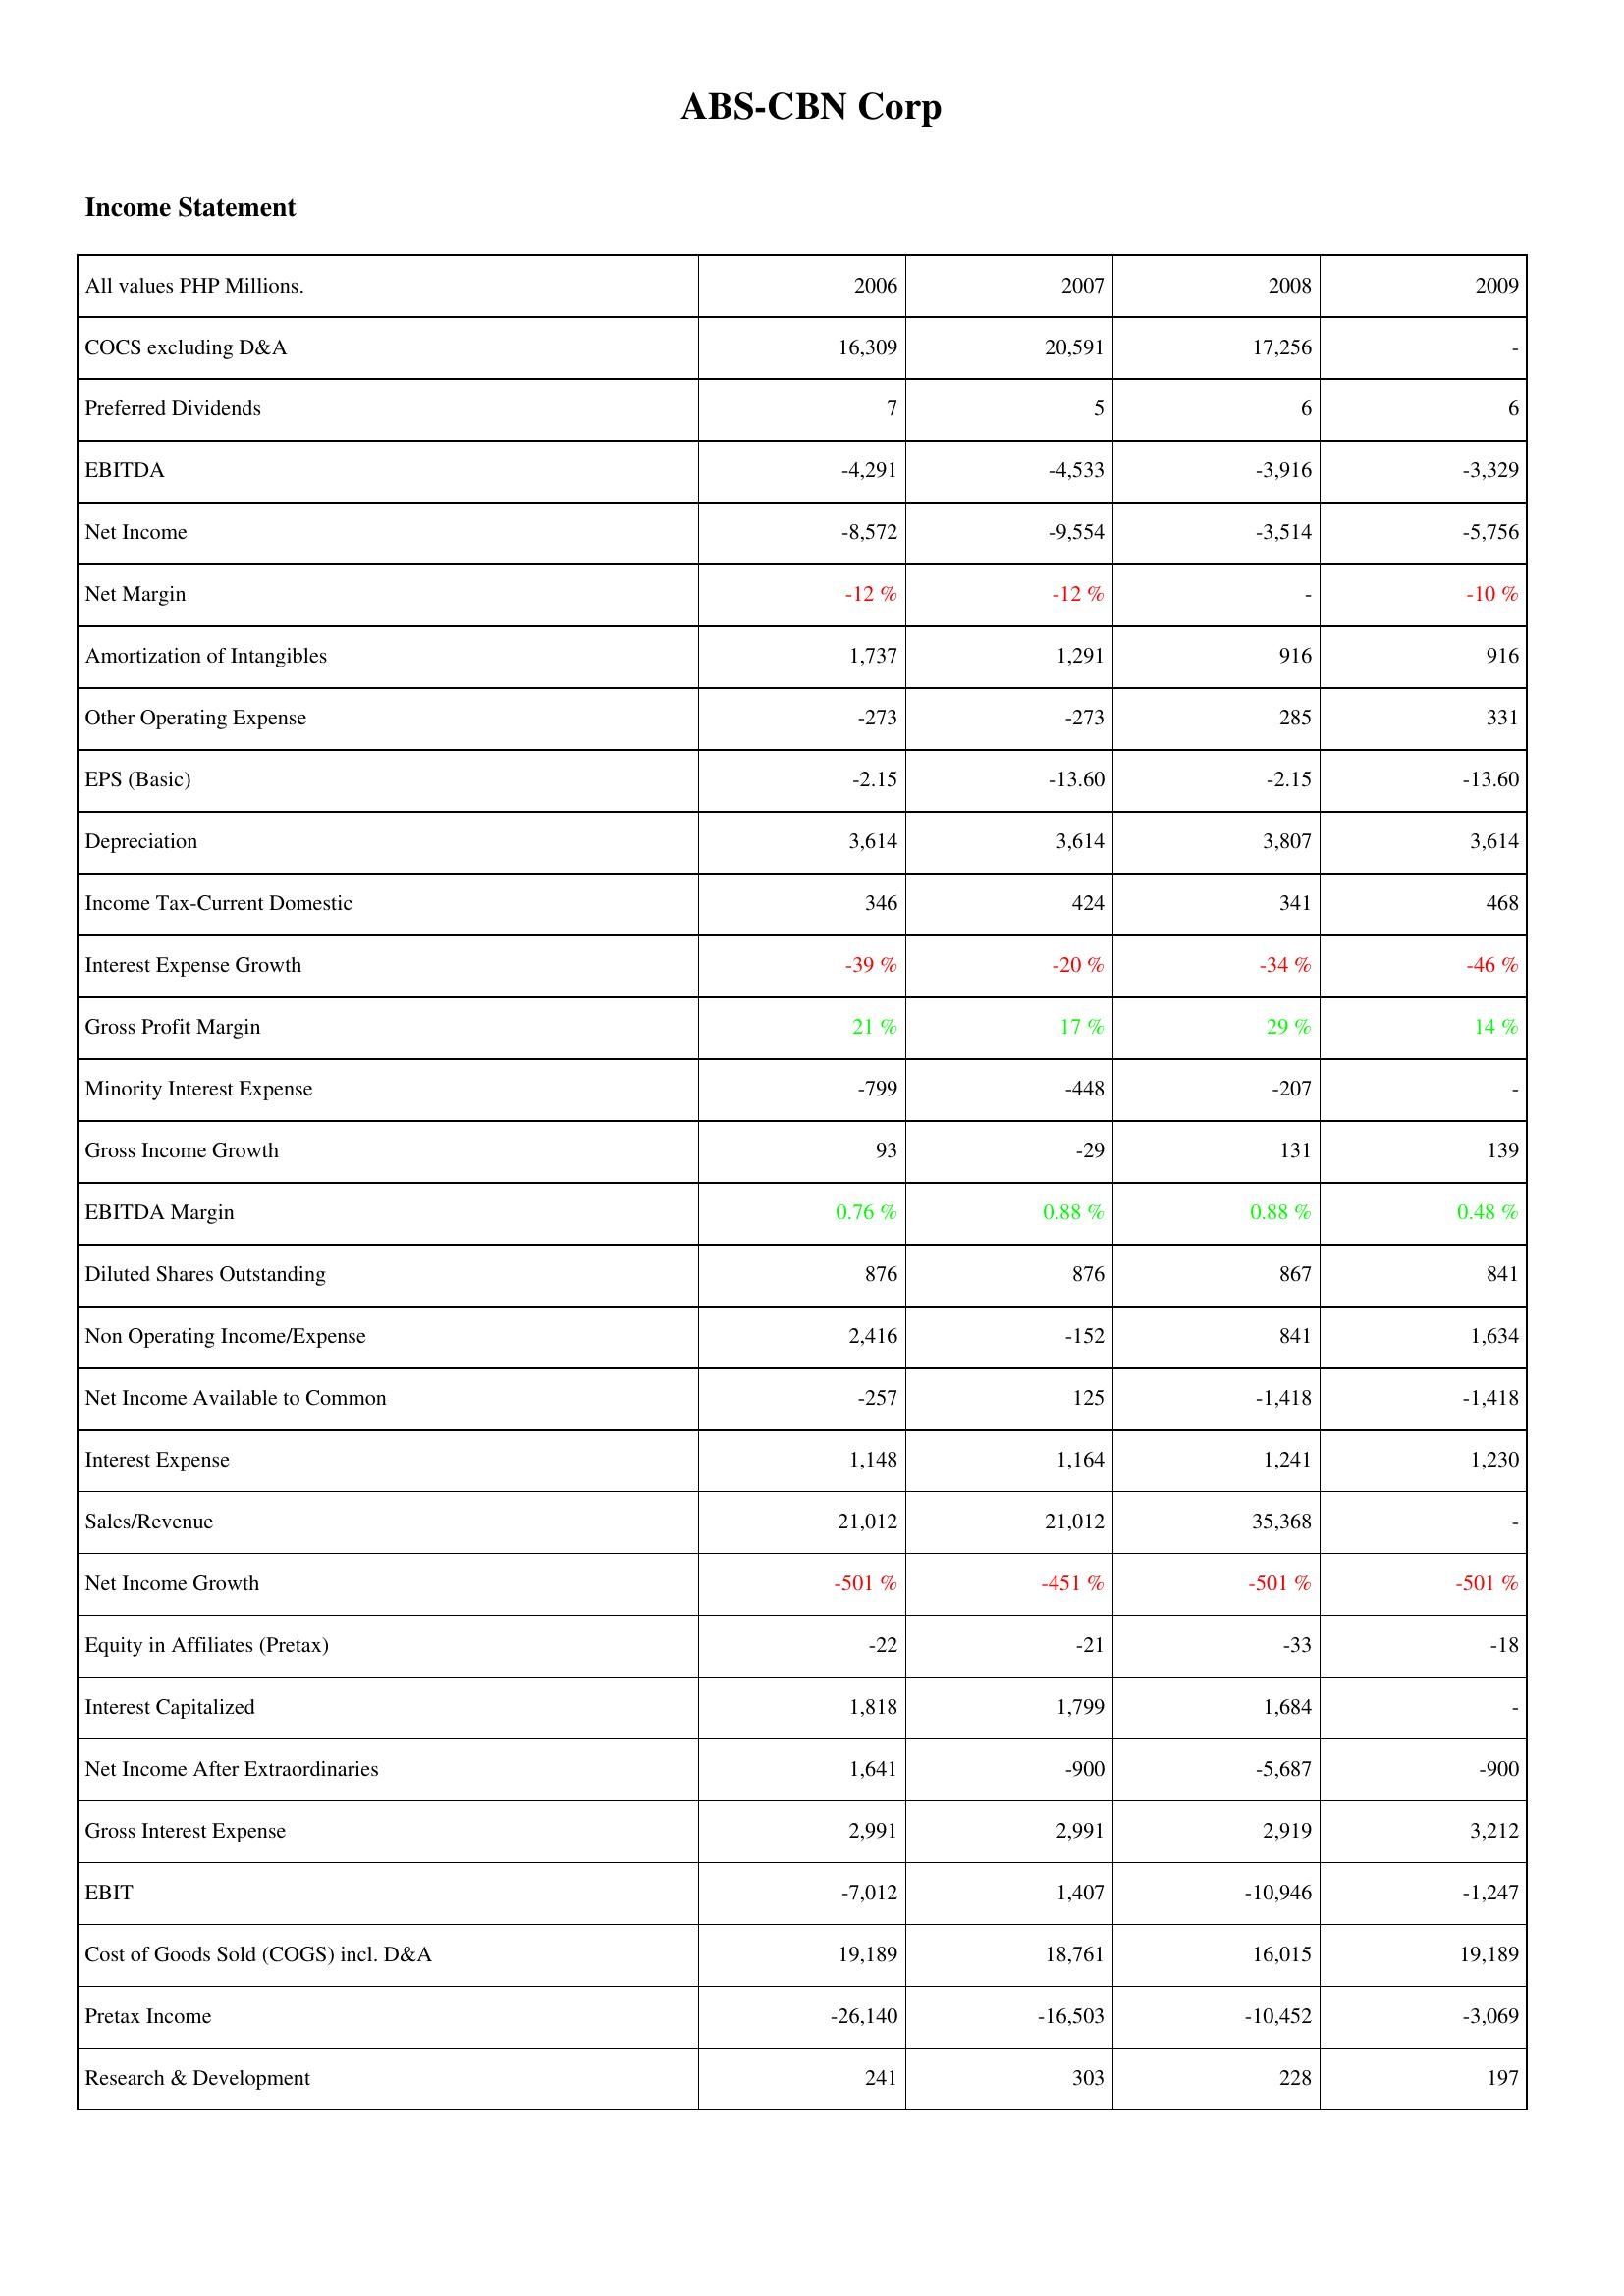
2006: Income Statement: COCS excluding D&A: 16,309
Preferred Dividends: 7
EBITDA: -4,291
Net Income: -8,572
Net Margin: -12 %
Amortization of Intangibles: 1,737
Other Operating Expense: -273
EPS (Basic): -2.15
Depreciation: 3,614
Income Tax-Current Domestic: 346
Interest Expense Growth: -39 %
Gross Profit Margin: 21 %
Minority Interest Expense: -799
Gross Income Growth: 93
EBITDA Margin: 0.76 %
Diluted Shares Outstanding: 876
Non Operating Income/Expense: 2,416
Net Income Available to Common: -257
Interest Expense: 1,148
Sales/Revenue: 21,012
Net Income Growth: -501 %
Equity in Affiliates (Pretax): -22
Interest Capitalized: 1,818
Net Income After Extraordinaries: 1,641
Gross Interest Expense: 2,991
EBIT: -7,012
Cost of Goods Sold (COGS) incl. D&A: 19,189
Pretax Income: -26,140
Research & Development: 241
2007: Income Statement: COCS excluding D&A: 20,591
Preferred Dividends: 5
EBITDA: -4,533
Net Income: -9,554
Net Margin: -12 %
Amortization of Intangibles: 1,291
Other Operating Expense: -273
EPS (Basic): -13.60
Depreciation: 3,614
Income Tax-Current Domestic: 424
Interest Expense Growth: -20 %
Gross Profit Margin: 17 %
Minority Interest Expense: -448
Gross Income Growth: -29
EBITDA Margin: 0.88 %
Diluted Shares Outstanding: 876
Non Operating Income/Expense: -152
Net Income Available to Common: 125
Interest Expense: 1,164
Sales/Revenue: 21,012
Net Income Growth: -451 %
Equity in Affiliates (Pretax): -21
Interest Capitalized: 1,799
Net Income After Extraordinaries: -900
Gross Interest Expense: 2,991
EBIT: 1,407
Cost of Goods Sold (COGS) incl. D&A: 18,761
Pretax Income: -16,503
Research & Development: 303
2008: Income Statement: COCS excluding D&A: 17,256
Preferred Dividends: 6
EBITDA: -3,916
Net Income: -3,514
Net Margin: -
Amortization of Intangibles: 916
Other Operating Expense: 285
EPS (Basic): -2.15
Depreciation: 3,807
Income Tax-Current Domestic: 341
Interest Expense Growth: -34 %
Gross Profit Margin: 29 %
Minority Interest Expense: -207
Gross Income Growth: 131
EBITDA Margin: 0.88 %
Diluted Shares Outstanding: 867
Non Operating Income/Expense: 841
Net Income Available to Common: -1,418
Interest Expense: 1,241
Sales/Revenue: 35,368
Net Income Growth: -501 %
Equity in Affiliates (Pretax): -33
Interest Capitalized: 1,684
Net Income After Extraordinaries: -5,687
Gross Interest Expense: 2,919
EBIT: -10,946
Cost of Goods Sold (COGS) incl. D&A: 16,015
Pretax Income: -10,452
Research & Development: 228
2009: Income Statement: COCS excluding D&A: -
Preferred Dividends: 6
EBITDA: -3,329
Net Income: -5,756
Net Margin: -10 %
Amortization of Intangibles: 916
Other Operating Expense: 331
EPS (Basic): -13.60
Depreciation: 3,614
Income Tax-Current Domestic: 468
Interest Expense Growth: -46 %
Gross Profit Margin: 14 %
Minority Interest Expense: -
Gross Income Growth: 139
EBITDA Margin: 0.48 %
Diluted Shares Outstanding: 841
Non Operating Income/Expense: 1,634
Net Income Available to Common: -1,418
Interest Expense: 1,230
Sales/Revenue: -
Net Income Growth: -501 %
Equity in Affiliates (Pretax): -18
Interest Capitalized: -
Net Income After Extraordinaries: -900
Gross Interest Expense: 3,212
EBIT: -1,247
Cost of Goods Sold (COGS) incl. D&A: 19,189
Pretax Income: -3,069
Research & Development: 197